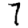
Digit: 7